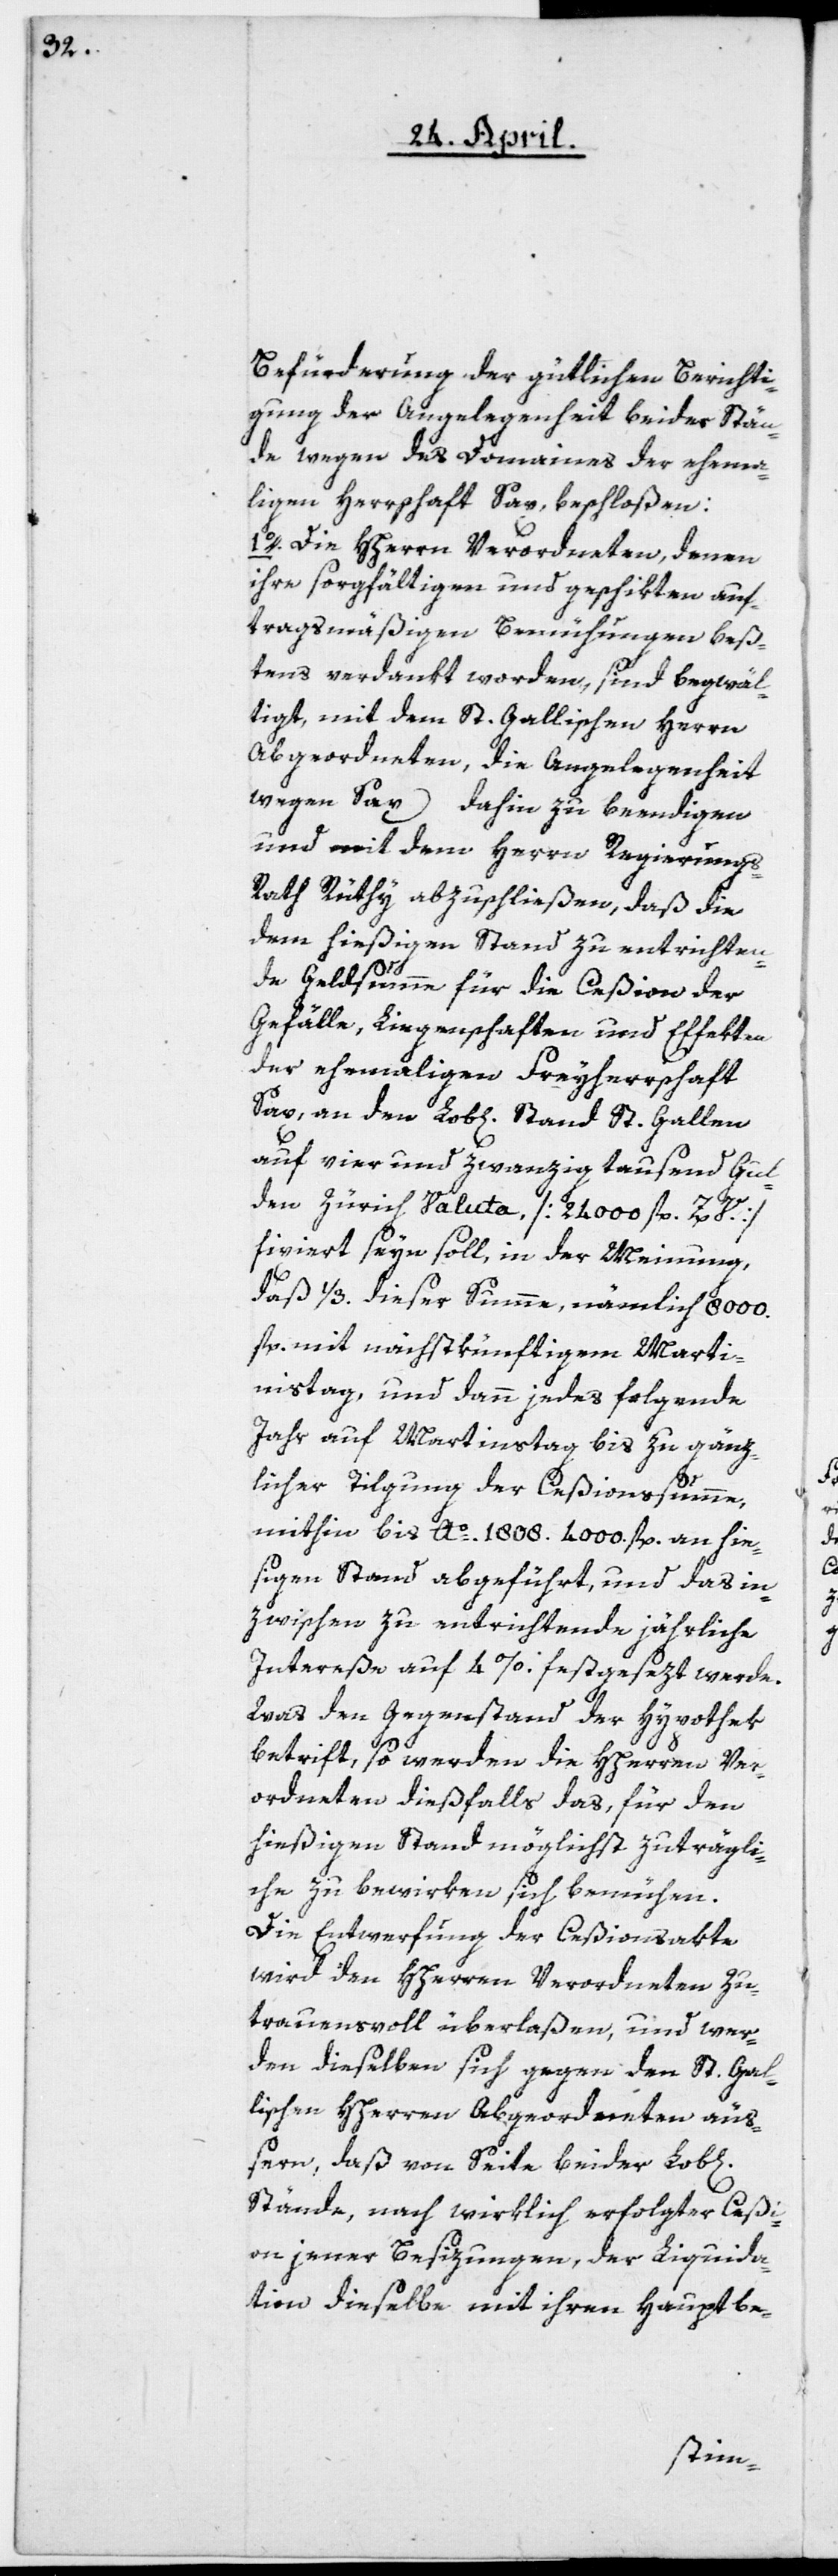
Befürderung der gütlichen Berichti¬
gung der Angelegenheit beider Stän¬
de wegen des Domaines der ehema¬
ligen Herrschaft Sax beschloßen:
1o. Die HHerren Verordneten, denen
ihre sorgfältigen und geschikten auf¬
tragsmäßigen Bemühungen beß¬
tens verdankt worden, sind begwäl¬
tigt, mit dem St. Gallischen Herrn
Abgeordneten, die Angelegenheit
wegen Sax dahin zu beendigen,
und mit dem Herrn Regierung¬
s-Rath Rüthy abzuschließen, daß die
dem hießigen Stand zu entrichten¬
de Geldsumme für die Ceßion der
Gefälle, Liegenschaften und Effekten
der ehemaligen Freyherrschaft
her]
auf vier und zwanzigtausend Gul¬
den Zürich Valuta [24 000 fl. Z. V.]
fixiert seyn soll, in der Meinung,
daß 1/3 dieser Summe, nämlich 8000.
fl. mit nächstkünftigem Marti¬
nistag, und dann jedes folgende
Jahr auf Martinstag bis zu gänz¬
licher Tilgung der Ceßionßumme,
mithin bis Ao. 1808 4000 fl. an hie¬
sigen Stand abgeführt, und das in¬
zwischen zu entrichtende jährliche
Intereße auf 4% festgesezt werde.
Was den Gegenstand der Hypothek
betrifft, so werden die HHerren Ver¬
ordneten dießfalls das, für den
hießigen Stand möglichst zuträgli¬
che zu bewirken sich bemühen.
Die Entwerfung der Ceßionsakte
wird den HHerren Verordneten Zu¬
trauensvoll überlaßen, und wer¬
den dieselben sich gegen den St. Gal¬
lischen HHerren Abgeordneten äu¬
ßern, daß von Seite beider Lob[lic¬
Stände, nach wirklich erfolgter Ceßi¬
on jener Besizungen, der Liquida¬
tion dieselbe mit ihren Hauptbe-